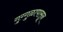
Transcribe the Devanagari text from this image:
गुग्गुळापासून